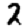
Digit: 2